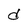
Character: d